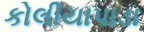
કોલીયાપાડા